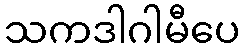
သကဒါဂါမီပေ